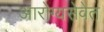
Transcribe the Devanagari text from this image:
आरोग्यसेवेत